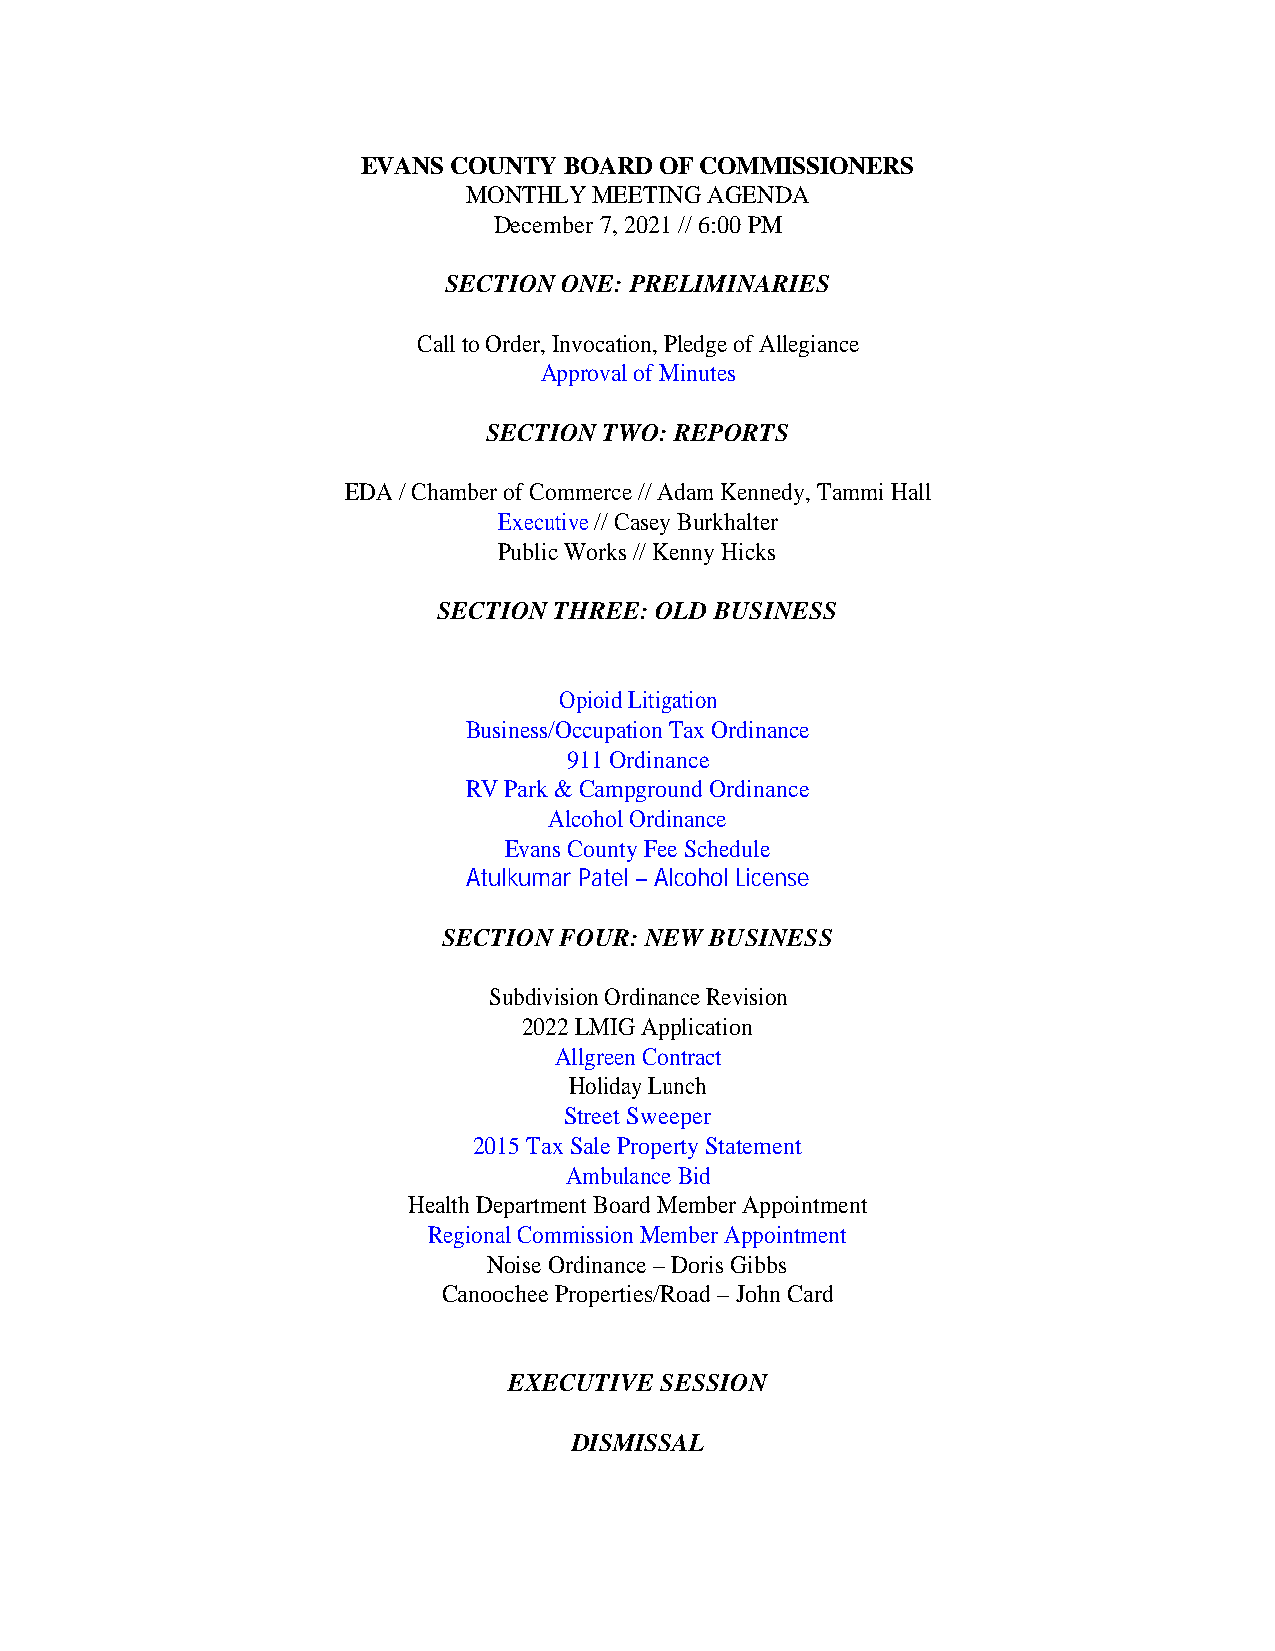
EVANS COUNTY BOARD  OF COMMISSIONERS
 MONTHLY MEETING AGENDA
 December 7, 2021 // 6:00 PM
 SECTION ONE: PRELIMINARIES
 Call to Order, Invocation, Pledge of Allegiance
 Approval of Minutes
 SECTION TWO: REPORTS
 EDA / Chamber of Commerce // Adam Kennedy, Tammi Hall
 Executive // Casey Burkhalter
 Public Works // Kenny Hicks
 SECTION THREE: OLD BUSINESS
 Opioid Litigation
 Business/Occupation Tax Ordinance
 911 Ordinance
 RV Park & Campground Ordinance
 Alcohol Ordinance
 Evans County Fee Schedule
 Atulkumar Patel – Alcohol License
 SECTION FOUR: NEW BUSINESS
 Subdivision Ordinance Revision
 2022 LMIG Application
 Allgreen Contract
 Holiday Lunch
 Street Sweeper
 2015 Tax Sale Property Statement
 Ambulance Bid
 Health Department Board Member Appointment
 Regional Commission Member Appointment
 Noise Ordinance – Doris Gibbs
 Canoochee Properties/Road – John Card
 EXECUTIVE SESSION
 DISMISSAL